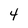
Character: 4